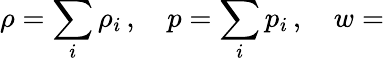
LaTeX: \rho=\sum_{i}\rho_{i}\, ,\quad p=\sum_{i}p_{i}\, ,\quad w=